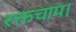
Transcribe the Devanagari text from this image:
रक्तचाप।